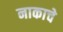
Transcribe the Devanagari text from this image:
नाकाचे